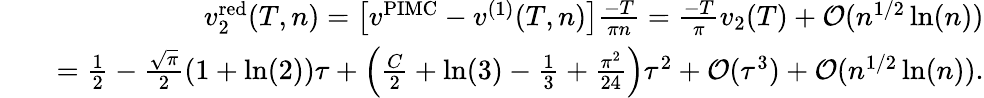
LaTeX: \begin{array}{rlr}&{}&{v_{2}^{\mathrm{red}}(T,n)=\left[v^{\mathrm{PIMC}}-v^{(1)}(T,n)\right]\frac{-T}{\pi n}=\frac{-T}{\pi}v_{2}(T)+{\cal O}(n^{1/2}\ln(n))}\\ &{}&{=\frac{1}{2}-\frac{\sqrt{\pi}}{2}(1+\ln(2))\tau+\left(\frac{C}{2}+\ln(3)-\frac{1}{3}+\frac{\pi^{2}}{24}\right)\tau^{2}+{\cal O}(\tau^{3})+{\cal O}(n^{1/2}\ln(n)).}\end{array}